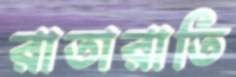
রাতারাতি